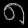
Digit: ၈